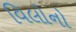
વિલોનો